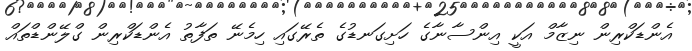
އެންޑަކްރިން ނިޒާމް އަކީ އިންސާނާގެ ހަށިގަނޑުގެ ތެރޭގައި ހިމެނޭ ތަފާތު އެންޑަކްރިން ގްލޭންޑްތައް